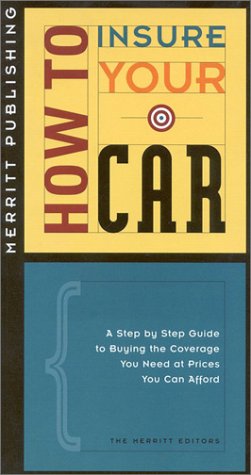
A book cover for HOW TO INSURE YOUR CAR (How to Insure...Series); First Last; Engineering & Transportation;